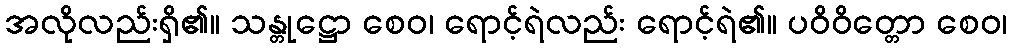
အလိုလည်းရှိ၏။ သန္တုဋ္ဌော စေဝ၊ ရောင့်ရဲလည်း ရောင့်ရဲ၏။ ပဝိဝိတ္တော စေဝ၊